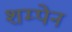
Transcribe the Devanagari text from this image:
शम्पेन